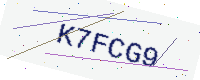
Text: K7FCG9